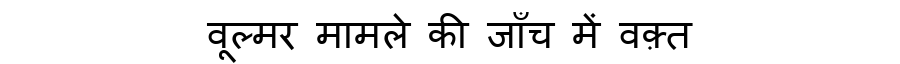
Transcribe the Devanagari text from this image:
वूल्मर मामले की जाँच में वक़्त